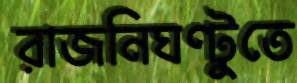
রাজনিঘণ্টুতে